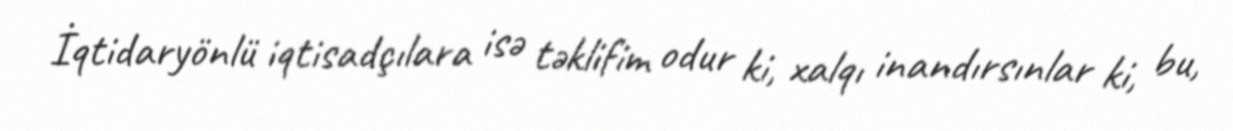
İqtidaryönlü iqtisadçılara isə təklifim odur ki, xalqı inandırsınlar ki, bu,